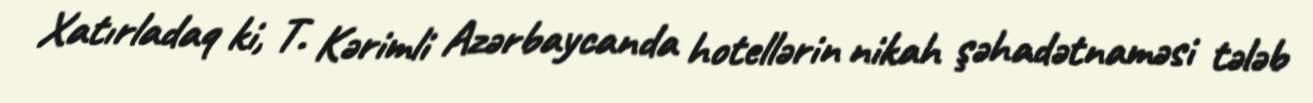
Xatırladaq ki, T. Kərimli Azərbaycanda hotellərin nikah şəhadətnaməsi tələb